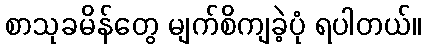
စာသုခမိန်တွေ မျက်စိကျခဲ့ပုံ ရပါတယ်။